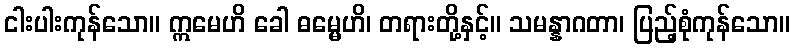
ငါးပါးကုန်သော။ ဣမေဟိ ခေါ ဓမ္မေဟိ၊ တရားတို့နှင့်။ သမန္နာဂတာ၊ ပြည့်စုံကုန်သော။